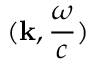
( \mathbf { k } , { \frac { \omega } { c } } )